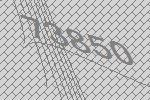
73850